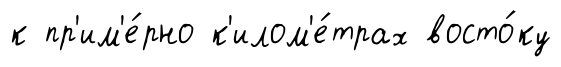
к пр'им'е́рно к'илом'е́трах восто́ку